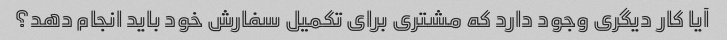
آیا کار دیگری وجود دارد که مشتری برای تکمیل سفارش خود باید انجام دهد؟